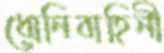
ধোনিবাহিনী